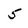
Character: 5